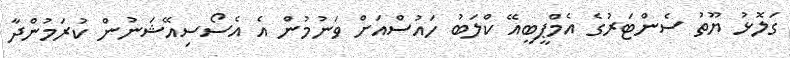
ގަލޮޅު ޔޫތު ސެންޓަރުގެ އެމްޕީބީއޭ ކްލަބު ހައުސްއަށް ވަނުމުން އެ އެސޯސިއޭޝަނުން ކުރަމުންދާ